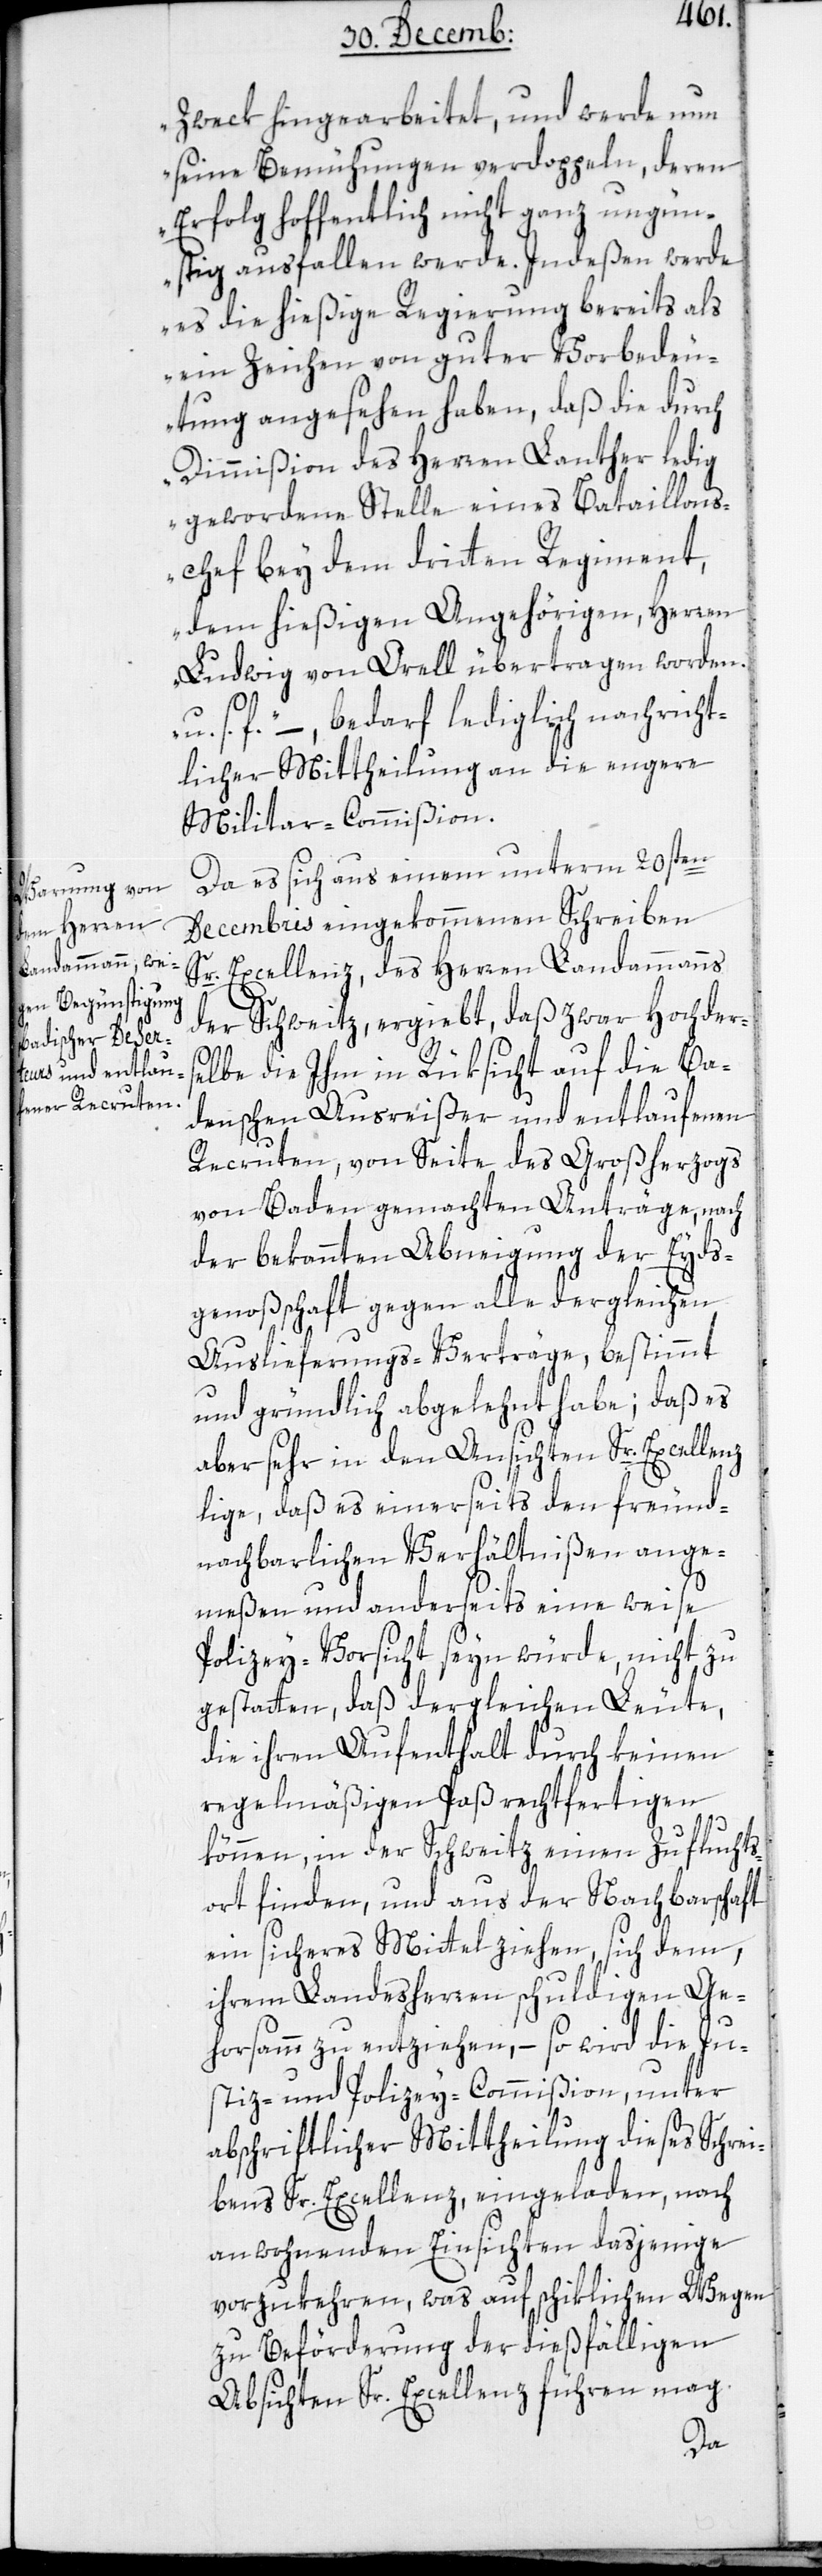
Zwek hin gearbeitet, und werde nun
seine Bemühungen verdoppeln, deren
Erfolg hoffentlich nicht ganz ungün¬
stig ausfallen werde. Indeßen werde
es die hießige Regierung bereits als
ein Zeichen von guter Vorbedeu¬
tung angesehen haben, daß die durch
Dimmißion des Herren Lanther ledig
gewordene Stelle eines Bataillon¬
s-Chef bey dem dritten Regiment,
dem hießigen Angehörigen, Herren
Ludwig von Orell übertragen worden.
u. s. f.“ – bedarf lediglich nachricht¬
licher Mittheilung an die engere
Militar-Commißion.
Da es sich aus einem unterm 20sten
Decembris eingekommenen Schreiben
Sr Excellenz des Herren Landammanns
der Schweitz ergiebt, daß zwar Hochderse¬
lbe die ihm in Rüksicht auf die Ba¬
denschen Ausreißer und entlaufenen
Recruten von Seite des Großherzogs
von Baden gemachten Anträge, nach
der bekannten Abneigung der Eyds¬
genoßenschaft gegen alle dergleichen
Auslieferungs-Verträge, bestimmt
und gründlich abgelehnt habe; daß es
aber sehr in den Ansichten Sr. Excellenz
liege, daß es einerseits den freund¬
nachbarlichen Verhältnißen ange¬
meßen, und anderseits eine weise
Polizey-Vorsicht seyn würde, nicht zu
gestatten, daß dergleichen Leute,
die ihren Aufenthalt durch keinen
regelmäßigen Paß rechtfertigen
können, in der Schweitz einen Zufluchts¬
ort finden, und aus der Nachbarschaft
ein sicheres Mittel ziehen, sich dem,
ihrem Landesherren schuldigen Ge¬
horsamm zu entziehen, – so wird die Ju¬
stiz- und Polizey-Commißion, unter
abschriftlicher Mittheilung dieses Schrei¬
bens Sr. Excellenz eingeladen, nach
anwohnenden Einsichten dasjenige
vorzukehren, was auf schiklichen Wegen
zu Beförderung der dießfälligen
Absichten Sr. Excellenz führen mag.